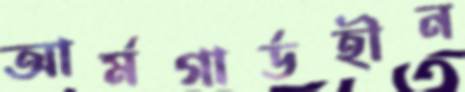
আর্মগার্ডহীন